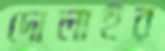
দোলাইর